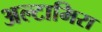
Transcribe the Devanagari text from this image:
अल्टामिरा